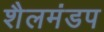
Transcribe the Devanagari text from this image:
शैलमंडप